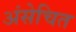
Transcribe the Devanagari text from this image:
अंसेचित